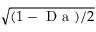
\sqrt { ( 1 - \mathrm { ~ D ~ a ~ } ) / 2 }